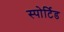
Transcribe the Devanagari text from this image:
स्पोर्टिड